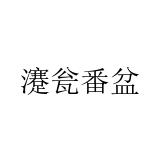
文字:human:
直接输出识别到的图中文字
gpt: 瀽瓮番盆